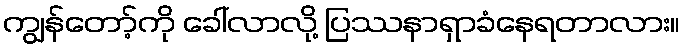
ကျွန်တော့်ကို ခေါ်လာလို့ ပြဿနာရှာခံနေရတာလား။